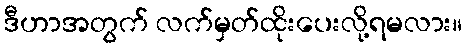
ဒီဟာအတွက် လက်မှတ်ထိုးပေးလို့ရမလား။